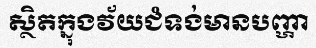
ស្ថិតក្នុងវ័យជំទង់មានបញ្ហា